Vaccination in the Punjab 1919-1929 - 1919-1929
Year: 1919
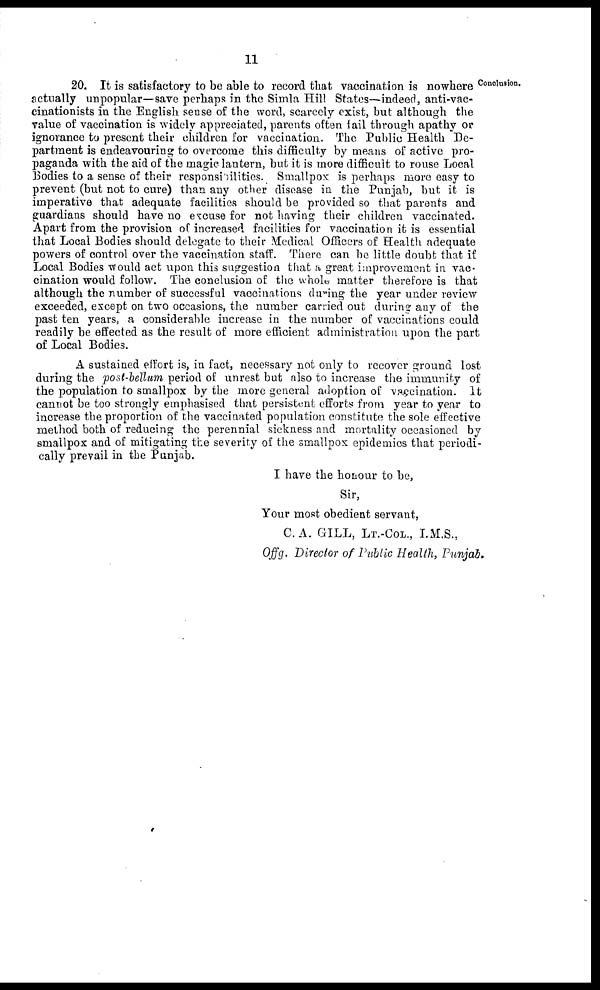
11
Conclusion.
20. It is satisfactory to be able to record that vaccination is nowhere
actually unpopular—save perhaps in the Simla Hill States—indeed, anti-vac¬
cinationists in the English sense of the word, scarcely exist, but although the
value of vaccination is widely appreciated, parents often fail through apathy or
ignorance to present their children for vaccination. The Public Health De-
partment is endeavouring to overcome this difficulty by means of active pro-
paganda with the aid of the magic lantern, but it is more difficult to rouse Local
Bodies to a sense of their responsibilities. Smallpox is perhaps more easy to
prevent (but not to cure) than any other disease in the Punjab, but it is
imperative that adequate facilities should be provided so that parents and
guardians should have no excuse for not having their children vaccinated.
Apart from the provision of increased facilities for vaccination it is essential
that Local Bodies should delegate to their Medical Officers of Health adequate
powers of control over the vaccination staff. There can be little doubt that if
Local Bodies would act upon this suggestion that a great improvement in vac-
cination would follow The conclusion of the whole matter therefore is that
although the number of successful vaccinations during the year under review
exceeded, except on two occasions, the number carried out during any of the
past ten years, a considerable increase in the number of vaccinations could
readily be effected as the result of more efficient administration upon the part
of Local Bodies.
A sustained effort is, in fact, necessary not only to recover ground lost
during the post-bellum period of unrest but also to increase the immunity of
the population to smallpox by the more general adoption of vaccination. It
cannot be too strongly emphasised that persistent efforts from year to year to
increase the proportion of the vaccinated population constitute the sole effective
method both of reducing the perennial sickness and mortality occasioned by
smallpox and of mitigating the severity of the smallpox epidemics that periodi-
cally prevail in the Punjab.
I have the honour to be,
Sir,
Your most obedient servant,
C. A. GILL, LT.-COL., I.M.S.,
Offg. Director of Public Health, Punjab,